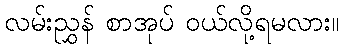
လမ်းညွှန် စာအုပ် ဝယ်လို့ရမလား။